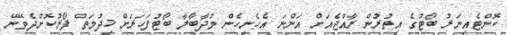
ކޮންޓެއިނަރު ބޯޓުގެ އިތުރުން ރާއްޖެއަށް އަންނަ އެހެނިހެން މުދާބާލާ ބޯޓުފަހަރަށް ޚިދުމަަތް ފޯރުކޮށްދެވޭނޭ